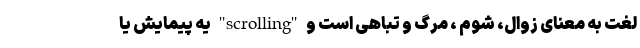
لغت به معنای زوال، شوم ، مرگ و تباهی است و "scrolling" یه پیمایش یا